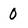
Character: 0